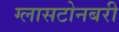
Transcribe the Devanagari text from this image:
ग्लासटोनबरी